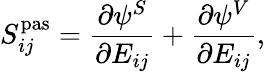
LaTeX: S_{ij}^{\mathrm{{pas}}}=\frac{\partial\psi^{S}}{\partial E_{ij}}+\frac{\partial\psi^{V}}{\partial E_{ij}},